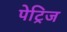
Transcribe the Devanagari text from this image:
पेट्रिज